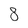
Character: 8